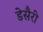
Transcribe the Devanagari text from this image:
डेसैरी